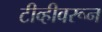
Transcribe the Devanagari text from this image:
टीव्हीवरून